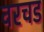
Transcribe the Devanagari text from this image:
वरचड